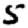
Digit: 5